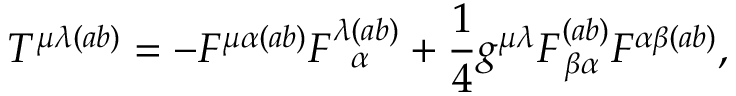
T ^ { \mu \lambda ( a b ) } = - F ^ { \mu \alpha ( a b ) } F _ { \, \, \, \, \alpha } ^ { \lambda ( a b ) } + \frac { 1 } { 4 } g ^ { \mu \lambda } F _ { \, \beta \alpha } ^ { ( a b ) } F ^ { \alpha \beta ( a b ) } ,